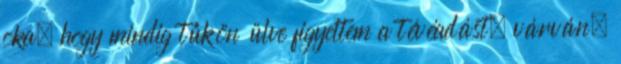
oka, hogy mindig tűkön ülve figyeltem a tévéadást, várván,